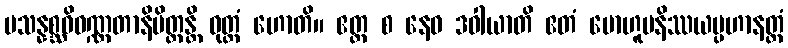
ပသန္နစ္ဆဝိဝဏ္ဏတာနိမိတ္တန္တိ ဝုတ္တံ ဟောတိ။ ဧတ္ထ စ နေဝ ဒဝါယာတိ ဧတံ မောဟူပနိဿယပ္ပဟာနတ္ထံ